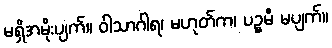
မရှိအမိုးပျက်။ ဝါသာဂါရ၊ မဟုတ်က၊ ပဉ္စမီ မပျက်။